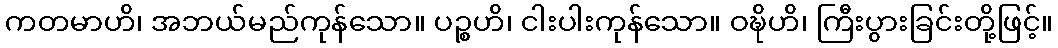
ကတမာဟိ၊ အဘယ်မည်ကုန်သော။ ပဉ္စဟိ၊ ငါးပါးကုန်သော။ ဝဍ္ဎိဟိ၊ ကြီးပွားခြင်းတို့ဖြင့်။